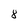
Character: 8